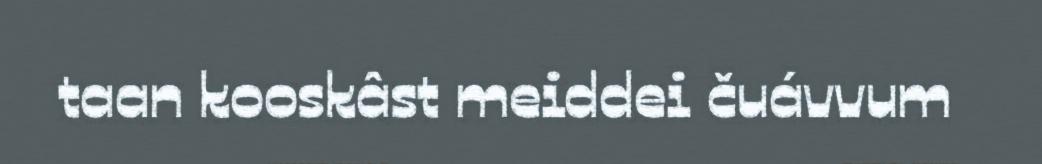
taan kooskâst meiddei čuávvum